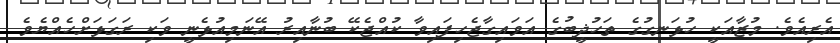
އެރިއެވެ. މުޒާއަކީ ހުޅަނގުގެ ތަހުޛީބުގެ އަވައިގާޖެހިފައިވާ ކުއްޖެކޭ ބުނާއިރު އޭނަމިއުޅެނީ ވަކި ރަގަޅަށްހެއްޔެވެ